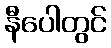
နီပေါတွင်